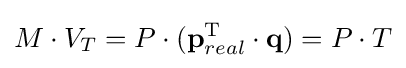
M\cdot V_{T}=P\cdot (\mathbf {p} _{real}^{\mathrm {T} }\cdot \mathbf {q} )=P\cdot T